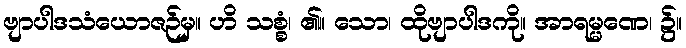
ဗျာပါဒသံယောဇဉ်မှ။ ဟိ သစ္စံ၊ ၏။ သော၊ ထိုဗျာပါဒကို။ အာရမ္မဏေ၊ ၌။